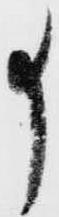
事